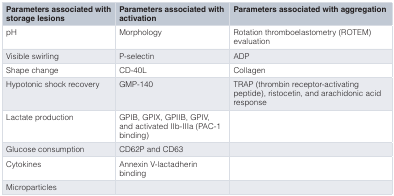
| Parameters associated withstorage lesions | Parameters associated withactivation | Parameters associated with aggregation |
 | --- | --- | --- |
 | pH | Morphology | Rotation thromboelastometry (ROTEM)evaluation |
 | Visible swirling | P-selectin | ADP |
 | Shape change | CD-40L | Collagen |
 | Hypotonic shock recovery | GMP-140 | TRAP (thrombin receptor-activatingpeptide), ristocetin, and arachidonic acidresponse |
 | Lactate production | GPIB, GPIX, GPIIB, GPIV,and activated IIb-IIIa (PAC-1binding) |  |
 | Glucose consumption | CD62P and CD63 |  |
 | Cytokines | Annexin V-lactadherinbinding |  |
 | Microparticles |  |  |